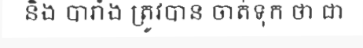
និង បារាំង ត្រូវបាន ចាត់ទុក ថា ជា